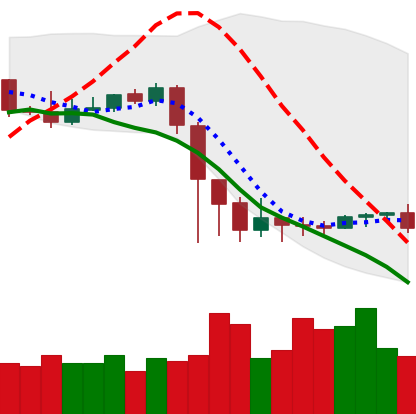
Ticker: ETC-USD
Chart end date: 2020-09-13
Forward return: 3.104%
Label: up_3_5